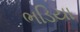
ભડિયા